Language: tamil
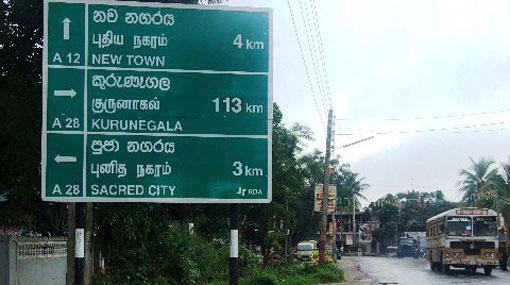
Transcription: நகரம் குருனாகல் நகரம் புனித புதிய